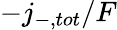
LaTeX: -j_{-,tot}/F